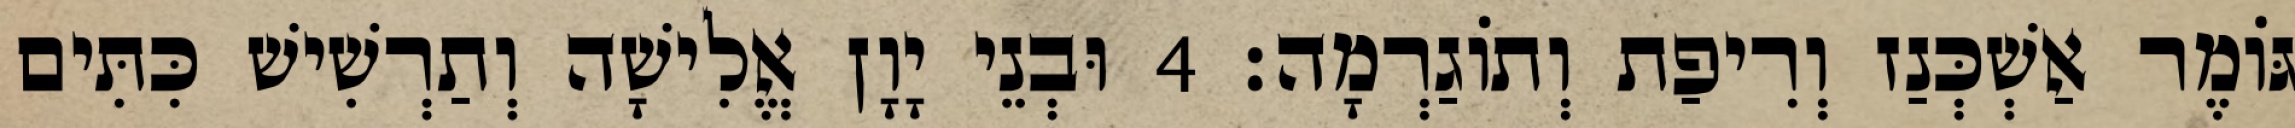
גּוֹמֶר אַשְׁכְּנַז וְרִיפַת וְתוֹגַרְמָה׃ 4 וּבְנֵי יָוָן אֱלִישָׁה וְתַרְשִׁישׁ כִּתִּים